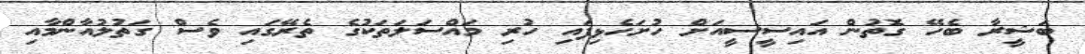
ބަޝީރާ ބެހޭ ގޮތުން އައިސީސީއަށް ހުށަހެޅިފައި ހުރި މައްސަލަތަކުގެ ތެރޭގައި ވެސް ގަތުލުއާންމާއި